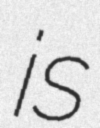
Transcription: is